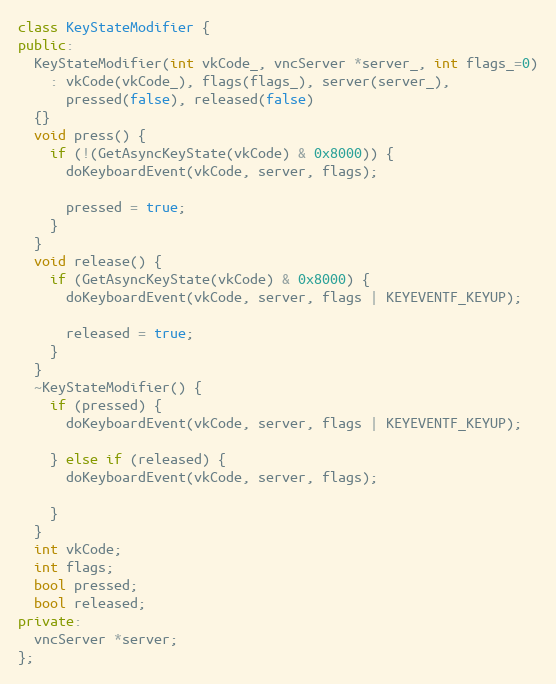
Language: C++
class KeyStateModifier {
public:
  KeyStateModifier(int vkCode_, vncServer *server_, int flags_=0)
    : vkCode(vkCode_), flags(flags_), server(server_),
      pressed(false), released(false)
  {}
  void press() {
    if (!(GetAsyncKeyState(vkCode) & 0x8000)) {
      doKeyboardEvent(vkCode, server, flags);

      pressed = true;
    }
  }
  void release() {
    if (GetAsyncKeyState(vkCode) & 0x8000) {
      doKeyboardEvent(vkCode, server, flags | KEYEVENTF_KEYUP);

      released = true;
    }
  }
  ~KeyStateModifier() {
    if (pressed) {
      doKeyboardEvent(vkCode, server, flags | KEYEVENTF_KEYUP);

    } else if (released) {
      doKeyboardEvent(vkCode, server, flags);

    }
  }
  int vkCode;
  int flags;
  bool pressed;
  bool released;
private:
  vncServer *server;
};